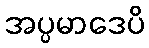
အပ္ပမာဒေပိ